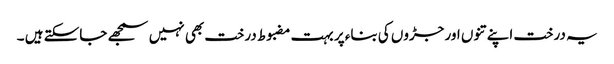
یہ درخت اپنے تنوں اور جڑوں کی بناء پر بہت مضبوط درخت بھی نہیں سمجھے جاسکتے ہیں ۔